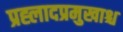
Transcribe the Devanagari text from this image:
प्रह्लादप्रमुखाश्च